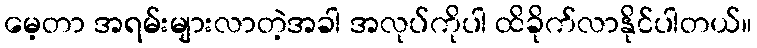
မေ့တာ အရမ်းများလာတဲ့အခါ အလုပ်ကိုပါ ထိခိုက်လာနိုင်ပါတယ်။